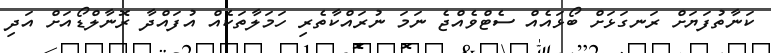
ކަނާތުފަޔަށް ރަނގަޅަށް ބޯޅައެއް ސެޓްވެއްޖެ ނަމަ ނުރައްކާތެރި ހަމަލާތަކެއް އުފައްދާ ރޮނާލްޑޯއަށް އަދި